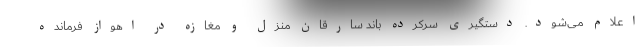
اعلام می‌شود. دستگیری سرکرده باند سارقان منزل و مغازه در اهواز فرمانده